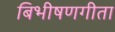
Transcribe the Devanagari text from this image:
बिभीषणगीता